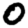
Digit: 0